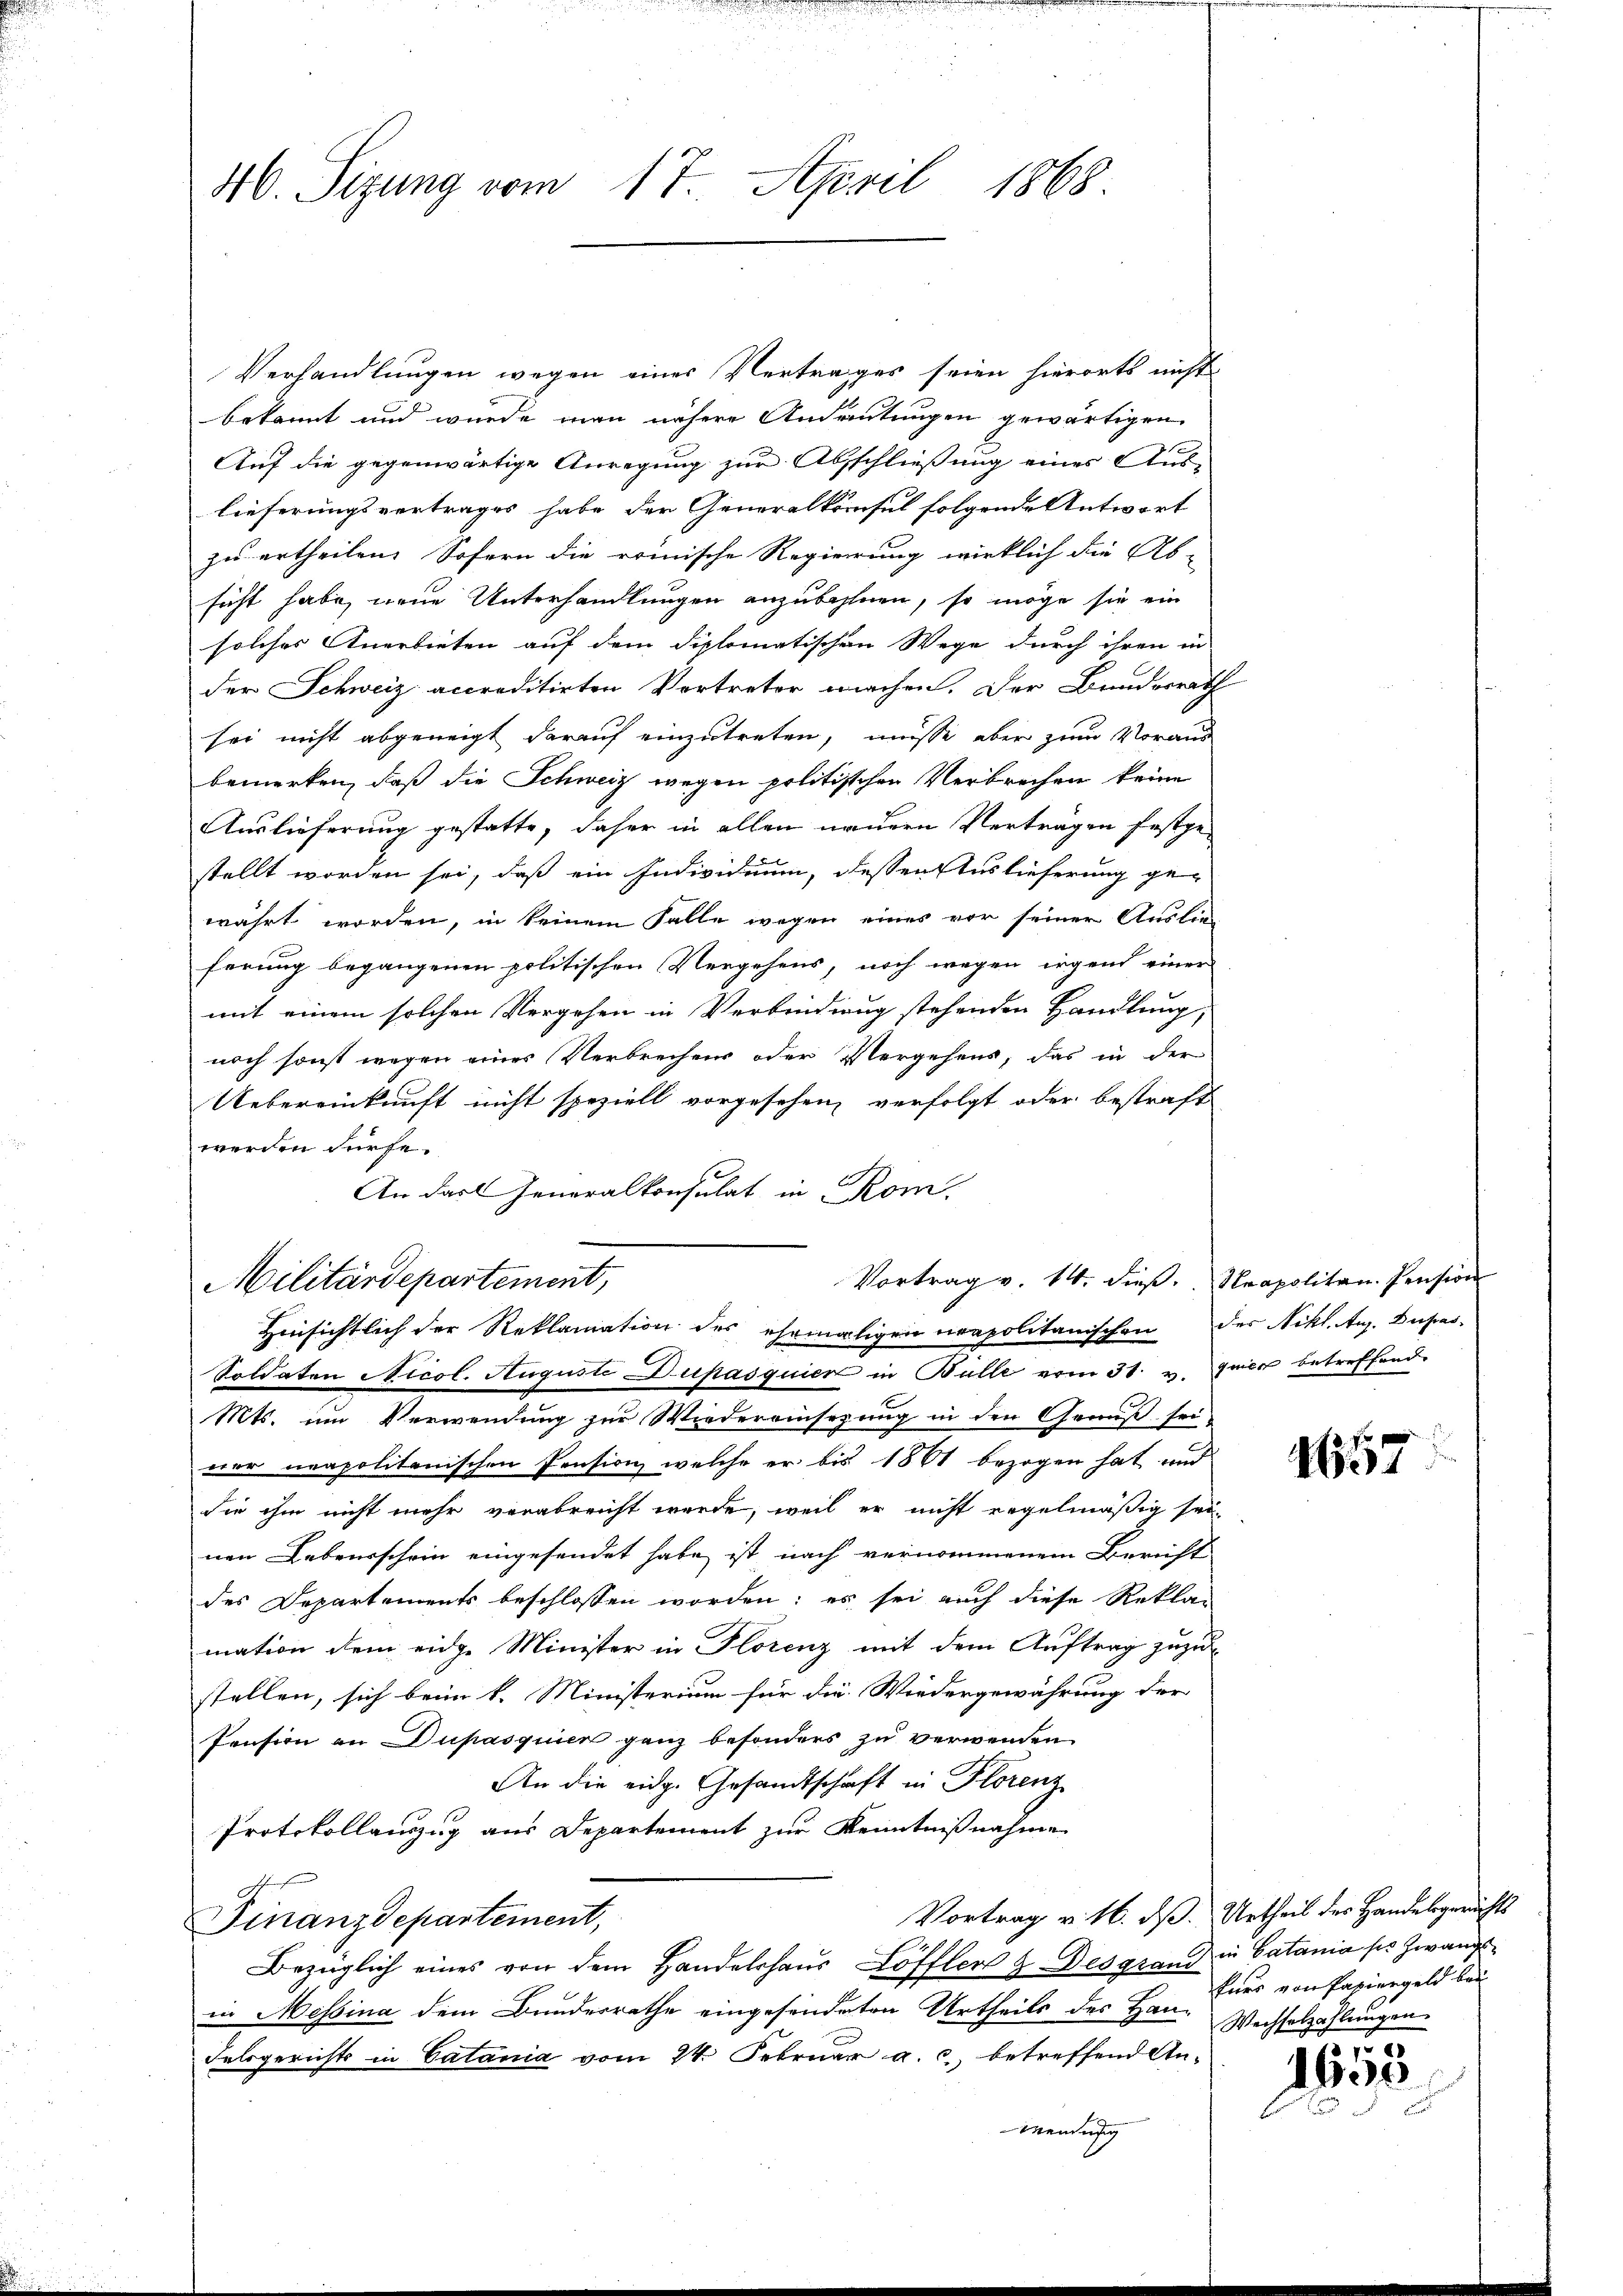
17. April 1868
46. Sizung vom

Verhandlungen wegen einer Vertrages seien hierorts nicht
bekannt und wurde man nähere Andeutungen gewärtigen
Auf die gegenwärtige Anregung zur Abschließung eines Aus-
lieferungsvertrages habe der Generalkonsul folgende Antwort
zu ertheilen. Sofern die römische Regierung wirklich die Ab-
sicht habe, neue Unterhandlungen anzubahnen, so möge sie ein
solches Anerbieten auf dem diplomatischen Wege durch ihren in
der Schweiz accreditirten Vortreter machen. Der Bundesrath
sei nicht abgeneigt darauf einzutreten, müsse aber zum Voraus
bemerken, daß die Schweiz wegen politischen Verbrechen keine
Auslieferung gestatte, daher in allen neuern Vertragen festge-
stellt worden sei, daß ein Individuum, dessen Auslieferung ge-
währt worden, in keinem Falle wegen eines vor seiner Auslie-
ferung begangenen politischen Vergehens, noch wegen irgend einer
mit einem solchen Vergehen in Verbindung stehenden Handlung,
noch sonst wegen eines Verbrechens oder Vergehens, das in der
Uebereinkunft nicht speziell vorgesehen verfolgt oder bestraft
werden dürfe.
An dart Generalkonsulat in Rom.
Vortrag v. 14. dieß. Neapolitan-Pension
Militärdepartement,
Hinsichtlich der Reklamation des ehemaligen neapolitanischen des Nikl. Aug. Dupas¬
Soldaten Nicol. Augusti Dupasquier in Bülle vom 31. v. quer betreffend
Mts. um Verwendung zur Wiedereinsezung in den Genuß sei
ner neapolitanischen Pension, welche er bis 1861 bezogen hat und
sie ihm nicht mehr verabreicht werde, weil er nicht regelmäßig sei.
nen Lebensschein eingesendet habe ist nach vernommenem Bericht
des Departements beschlossen worden; es sei auch diese Rekla-
mation dem eidge Minister in Florenz mit dem Auftrag zuzustellen, sich beim k. Ministerium für die Wiedergewährung der
Pension an Dupasquier ganz besonders zu verwenden.
An die eidg. Gesandtschaft in Florenz
Protokollauszug aus Departement zur Kenntnißnahme
Vortrag v. M. dß Urtheil des Handelsgerichts
Finanzdepartement,
Bezüglich eines von dem Handelshaŭs Löffler & Desgrand in Catania ses Zwangsin Messina dem Bundesrathe eingesendeten Urtheils des Han-Wechselzahlungen
Falsgerichts in Catania vom 24. Februar a. c., betreffend An-
Wendung

1657

kurs von Papiergeld bei
i

1650